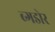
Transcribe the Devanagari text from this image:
ब्गडोर